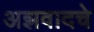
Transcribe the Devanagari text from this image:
अझवादचे